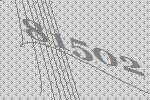
81502